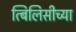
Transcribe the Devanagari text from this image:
त्बिलिसीच्या